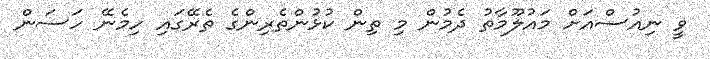
ވީ ނިއުސްއަށް މައުލޫމާތު ދެމުން މި ތިން ކުޅުންތެރިންގެ ތެރޭގައި ހިމެނޭ ހަސަން